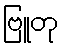
ဗြူတု